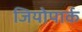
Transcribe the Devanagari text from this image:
जियोपार्क